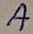
Text: A